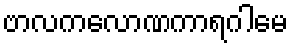
ဗာလကလောဏကာရဂါမေ